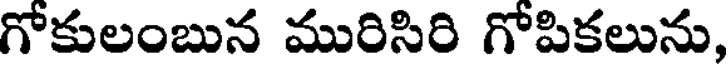
గోకులంబున మురిసిరి గోపికలును,